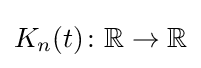
K_{n}(t)\colon \mathbb {R} \to \mathbb {R}